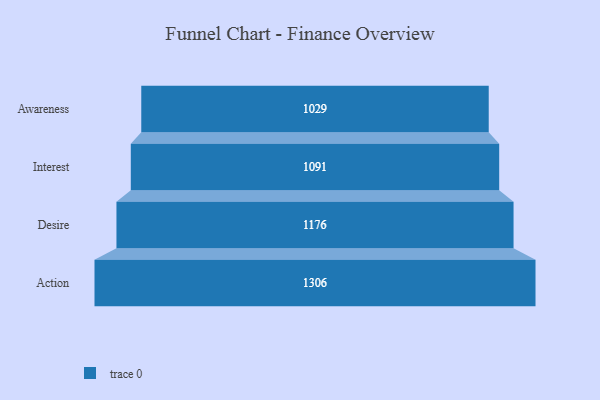
{"axis": {"x": "Stage", "y": "Value"}, "legend": [""], "data": [{"x": "Awareness", "y": 1029.0, "type": ""}, {"x": "Interest", "y": 1091.0, "type": ""}, {"x": "Desire", "y": 1176.0, "type": ""}, {"x": "Action", "y": 1306.0, "type": ""}]}